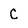
Character: C